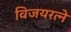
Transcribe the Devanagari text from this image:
विजयरत्ने